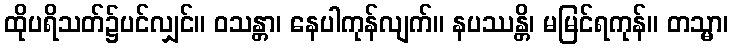
ထိုပရိသတ်၌ပင်လျှင်။ ဝသန္တာ၊ နေပါကုန်လျက်။ နပဿန္တိ၊ မမြင်ရကုန်။ တသ္မာ၊